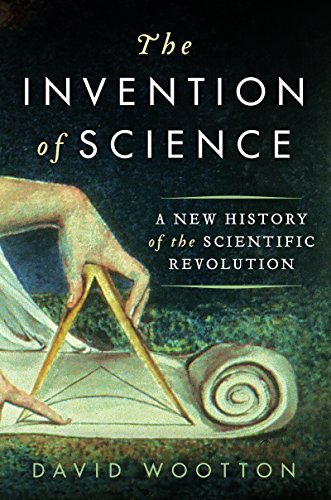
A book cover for The Invention of Science: A New History of the Scientific Revolution; David Wootton; Science & Math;